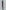
Text: 1